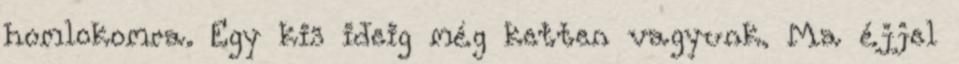
homlokomra. Egy kis ideig még ketten vagyunk. Ma éjjel